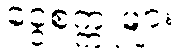
ငွေစက္ကူများ